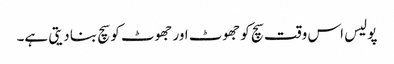
پولیس اس وقت سچ کو جھوٹ اور جھوٹ کو سچ بنا دیتی ہے۔